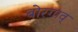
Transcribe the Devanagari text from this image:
बोरगाव्